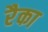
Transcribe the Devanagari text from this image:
रैका